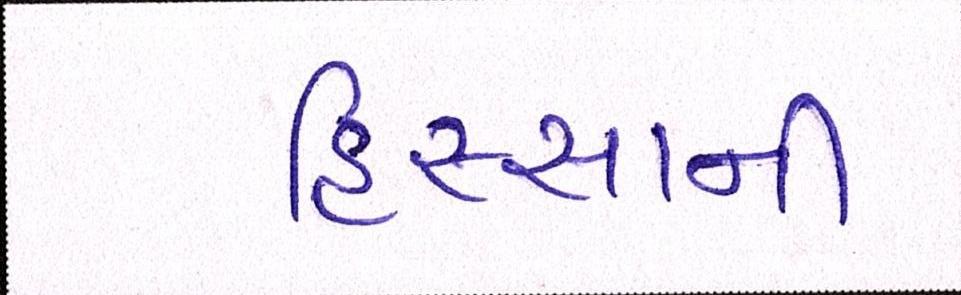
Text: હિસ્સાની